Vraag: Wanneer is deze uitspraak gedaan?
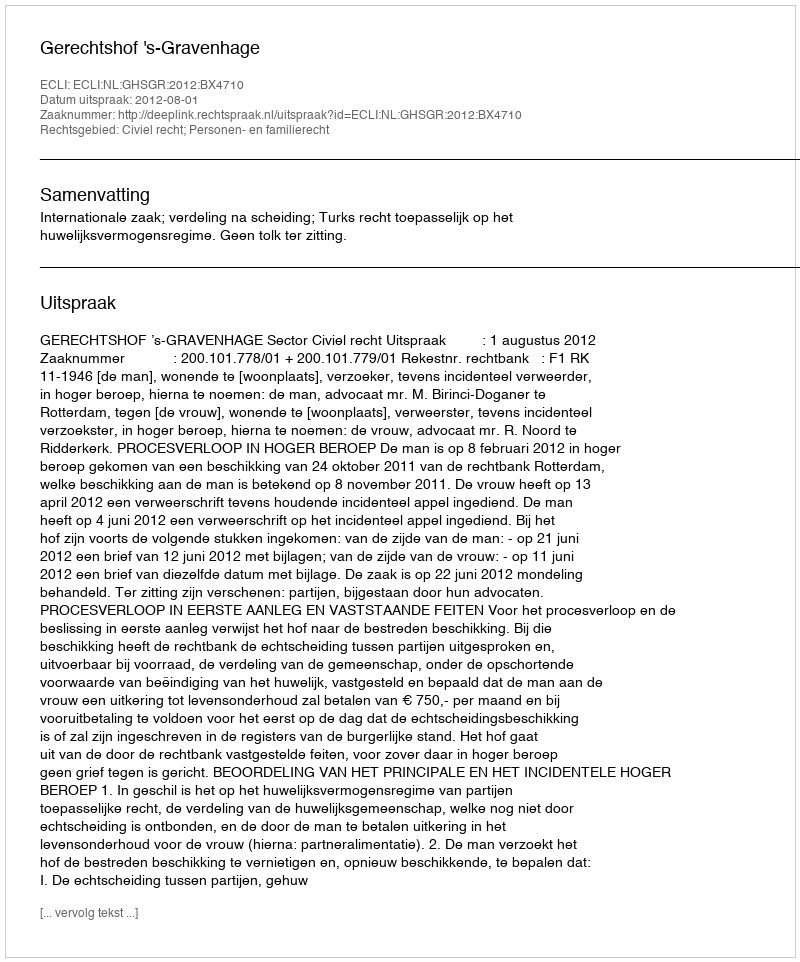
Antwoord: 2012-08-01